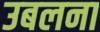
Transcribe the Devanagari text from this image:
उबलना